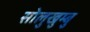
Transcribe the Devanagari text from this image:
सोलुखुम्बु